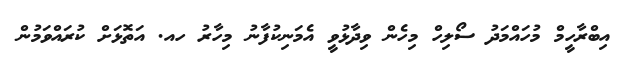
އިބްރާހީމް މުހައްމަދު ސޯލިހް މިހެން ވިދާޅުވީ އެމަނިކުފާނު މިހާރު ހއ. އަތޮޅަށް ކުރައްވަމުން